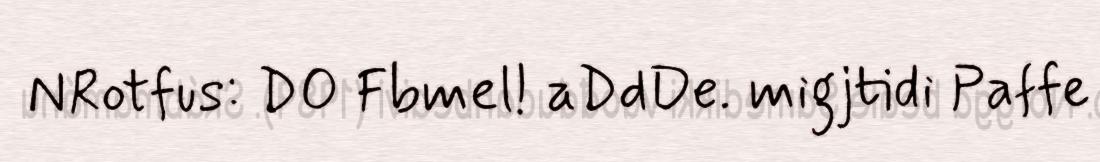
NRotfus: DO Fbmel! aDdDe. migjtidi Paffe